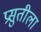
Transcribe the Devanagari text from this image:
प्रसुतीला